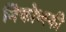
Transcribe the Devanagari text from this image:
मिंकोव्स्की